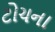
ટોચના